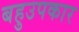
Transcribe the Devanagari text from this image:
बहुउपकार